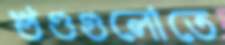
খণ্ডগুলোতে